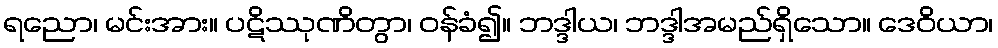
ရညော၊ မင်းအား။ ပဋိဿုဏိတွာ၊ ဝန်ခံ၍။ ဘဒ္ဒါယ၊ ဘဒ္ဒါအမည်ရှိသော။ ဒေဝိယာ၊